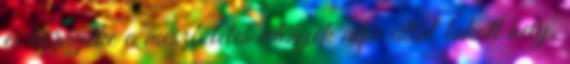
és környéke a mészbetétes edények népe által lakott hely.